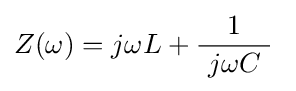
Z(\omega )=j\omega L+{\frac {1}{\ j\omega C\ }}~